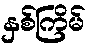
နှစ်ကြိမ်